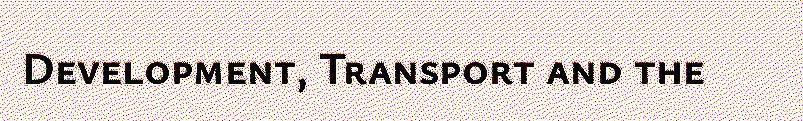
Development, Transport and the